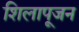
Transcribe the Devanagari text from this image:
शिलापूजन